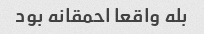
بله واقعا احمقانه بود